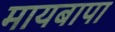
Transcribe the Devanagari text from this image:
मायबापा